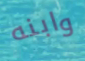
وابنه